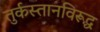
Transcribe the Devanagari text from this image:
तुर्कस्तानविरूद्ध